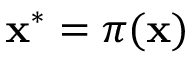
{ \bf x } ^ { * } = \pi ( { \bf x } )